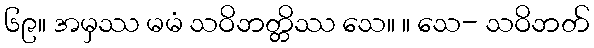
၆၉။ အမှဿ မမံ သဝိဘတ္တိဿ သေ။ ။ သေ- သဝိဘတ်